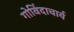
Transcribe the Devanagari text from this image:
गोविंदाचार्य